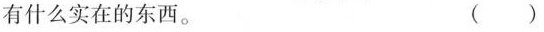
有什么实在的东西。 ( )